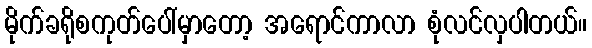
မိုက်ခရိုစကုတ်ပေါ်မှာတော့ အရောင်ကာလာ စုံလင်လှပါတယ်။